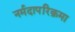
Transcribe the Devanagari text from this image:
नर्मदापरिक्रमा